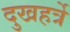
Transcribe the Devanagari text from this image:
दुखहर्त्रे